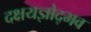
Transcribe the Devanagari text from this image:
दक्षयज्ञोद्भव